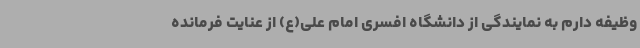
وظیفه دارم به نمایندگی از دانشگاه افسری امام علی(ع) از عنایت فرمانده